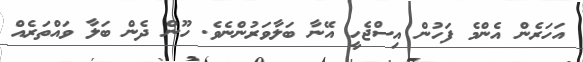
އަހަރެން އެންމެ ފަހުން އިސްޖެހީ އޭނާ ބަލާވަރުންނެވެ. ހޫން ދެން ބަލާ ވައްތަރެއް